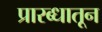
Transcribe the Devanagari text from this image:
प्रारब्धातून